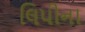
લિપીના